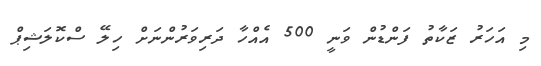
މި އަހަރު ޒަކާތު ފަންޑުން ވަނީ 500 އެއްހާ ދަރިވަރުންނަށް ހިލޭ ސްކޮލަޝިޕް